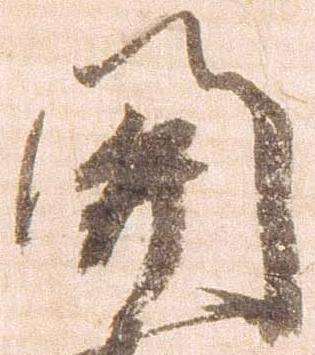
関